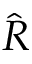
\hat { R }